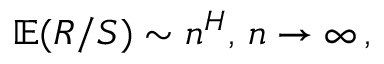
\mathbb { E } ( R / S ) \sim n ^ { H } , \, n \rightarrow \infty \, ,